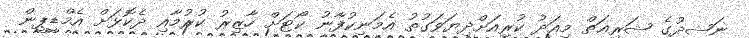
ނަޝީދުގެ ޝަރިޢަތް މިއަދު ކުރިއަށްދިޔަވަގުތު އެމަނިކުފާނު ކޯޓަށް ހާޒިރު ކުރުމާއި ދެކޮޅަށް އެމްޑީޕީން